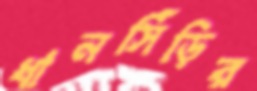
ধানসিঁড়ির